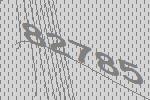
82785